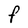
Character: F